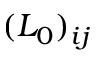
( L _ { 0 } ) _ { i j }